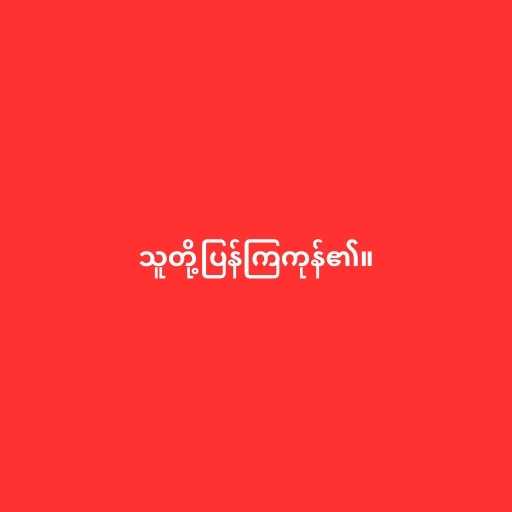
သူတို့ပြန်ကြကုန်၏။